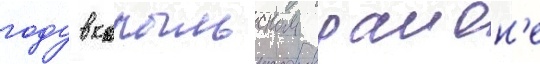
году в копыльском раион'е